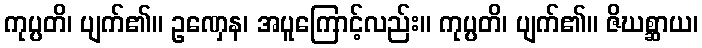
ကုပ္ပတိ၊ ပျက်၏။ ဥဏှေန၊ အပူကြောင့်လည်း။ ကုပ္ပတိ၊ ပျက်၏။ ဇိဃစ္ဆာယ၊